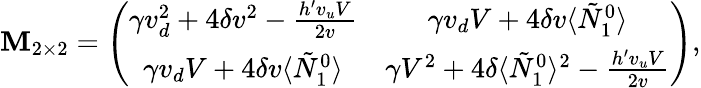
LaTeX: \mathbf{M}_{2\times2}=\left(\begin{array}{cc}{{\gamma v_{d}^{2}+4\delta v^{2}-\frac{h^{\prime}v_{u}V}{2v}}}&{{\gamma v_{d}V+4\delta v\langle\tilde{N}_{1}^{0}\rangle}}\\ {{\gamma v_{d}V+4\delta v\langle\tilde{N}_{1}^{0}\rangle}}&{{\gamma V^{2}+4\delta\langle\tilde{N}_{1}^{0}\rangle^{2}-\frac{h^{\prime}v_{u}V}{2v}}}\end{array}\right),